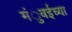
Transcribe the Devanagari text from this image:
मंुबईच्या